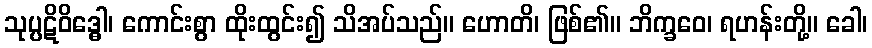
သုပ္ပဋိဝိဒ္ဓေါ၊ ကောင်းစွာ ထိုးထွင်း၍ သိအပ်သည်။ ဟောတိ၊ ဖြစ်၏။ ဘိက္ခဝေ၊ ရဟန်းတို့။ ခေါ၊